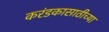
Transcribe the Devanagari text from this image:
करंडकासाठीच्या